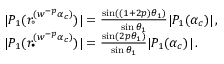
\begin{array} { r l } & { | P _ { 1 } ( r _ { \circ } ^ { ( w ^ { - p } \alpha _ { c } ) } ) | = \frac { \sin ( ( 1 + 2 p ) \theta _ { 1 } ) } { \sin \theta _ { 1 } } | P _ { 1 } ( \alpha _ { c } ) | \, , } \\ & { | P _ { 1 } ( r _ { \bullet } ^ { ( w ^ { - p } \alpha _ { c } ) } ) | = \frac { \sin ( 2 p \theta _ { 1 } ) } { \sin \theta _ { 1 } } | P _ { 1 } ( \alpha _ { c } ) | \, . } \end{array}